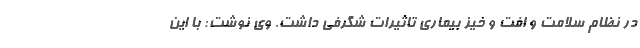
در نظام سلامت و افت و خیز بیماری تاثیرات شگرفی داشت. وی نوشت: با این